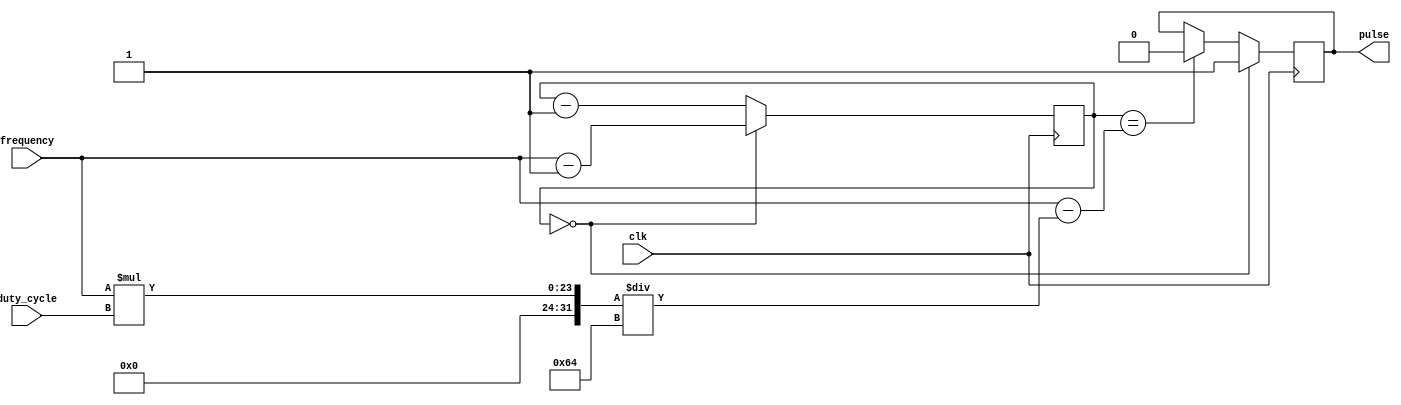
module timing_control (
    input wire clk,
    input wire [7:0] duty_cycle,
    input wire [15:0] frequency,
    output reg pulse
);

reg [15:0] count;

always @(posedge clk) begin
    if (count == 16'd0) begin
        pulse <= 1;
        count <= frequency - 1;
    end else begin
        if (count == (frequency - (frequency * duty_cycle / 100))) begin
            pulse <= 0;
        end
        count <= count - 1;
    end
end

endmodule